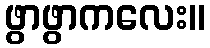
ဖွာဖွာကလေး။